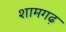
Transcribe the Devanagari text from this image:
शामगढ़